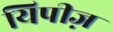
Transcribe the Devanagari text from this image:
यिपीज़